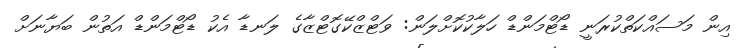
އިން މަސައްކަތްކުރަނީ ޑޯޓްމަންޑް ހަލާކުކޮށްލަން: ވަޓްޒްކޭގޮޓްޒާގެ ލަނޑާ އެކު ޑޯޓްމަންޑް އަތުން ބަޔާނަށް